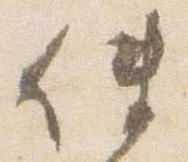
使